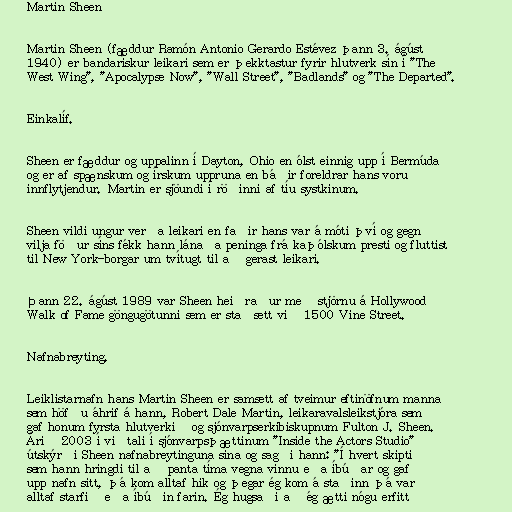
Martin Sheen

Martin Sheen (fæddur Ramón Antonio Gerardo Estévez þann 3. ágúst
1940) er bandarískur leikari sem er þekktastur fyrir hlutverk sín í "The
West Wing", "Apocalypse Now", "Wall Street", "Badlands" og "The Departed".

Einkalíf.

Sheen er fæddur og uppalinn í Dayton, Ohio en ólst einnig upp í Bermúda
og er af spænskum og írskum uppruna en báðir foreldrar hans voru
innflytjendur. Martin er sjöundi í röðinni af tíu systkinum.

Sheen vildi ungur verða leikari en faðir hans var á móti því og gegn
vilja föður síns fékk hann lánaða peninga frá kaþólskum presti og fluttist
til New York-borgar um tvítugt til að gerast leikari.

Þann 22. ágúst 1989 var Sheen heiðraður með stjörnu á Hollywood
Walk of Fame göngugötunni sem er staðsett við 1500 Vine Street.

Nafnabreyting.

Leiklistarnafn hans Martin Sheen er samsett af tveimur eftinöfnum manna
sem höfðu áhrif á hann, Robert Dale Martin, leikaravalsleikstjóra sem
gaf honum fyrsta hlutverkið og sjónvarpserkibiskupnum Fulton J. Sheen.
Árið 2003 í viðtali í sjónvarpsþættinum "Inside the Actors Studio"
útskýrði Sheen nafnabreytinguna sína og sagði hann: "Í hvert skipti
sem hann hringdi til að panta tíma vegna vinnu eða íbúðar og gaf
upp nafn sitt, þá kom alltaf hik og þegar ég kom á staðinn þá var
alltaf starfið eða íbúðin farin. Ég hugsaði að ég ætti nógu erfitt